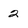
Character: 2